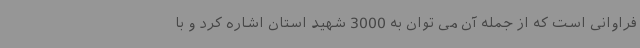
فراوانی است که از جمله آن می توان به 3000 شهید استان اشاره کرد و با